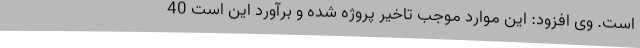
است. وی افزود: این موارد موجب تاخیر پروژه شده و برآورد این است 40